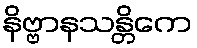
နိဗ္ဗာနသန္တိကေ